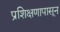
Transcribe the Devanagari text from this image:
प्रशिक्षणापासून